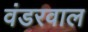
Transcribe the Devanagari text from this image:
वंडरवाल